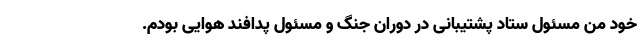
خود من مسئول ستاد پشتیبانی در دوران جنگ و مسئول پدافند هوایی بودم.